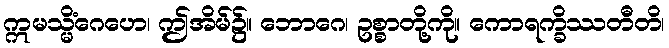
ဣမသ္မိံဂေဟေ၊ ဤအိမ်၌။ ဘောဂေ၊ ဥစ္စာတို့ကို။ ကောရက္ခိဿတီတိ၊